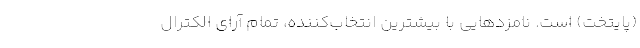
(پایتخت) است. نامزدهایی با بیشترین انتخاب‌کننده، تمام آرای الکترال